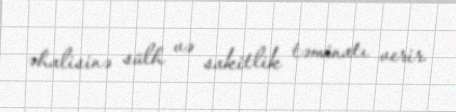
əhalisinə sülh və sakitlik təminatı verir.